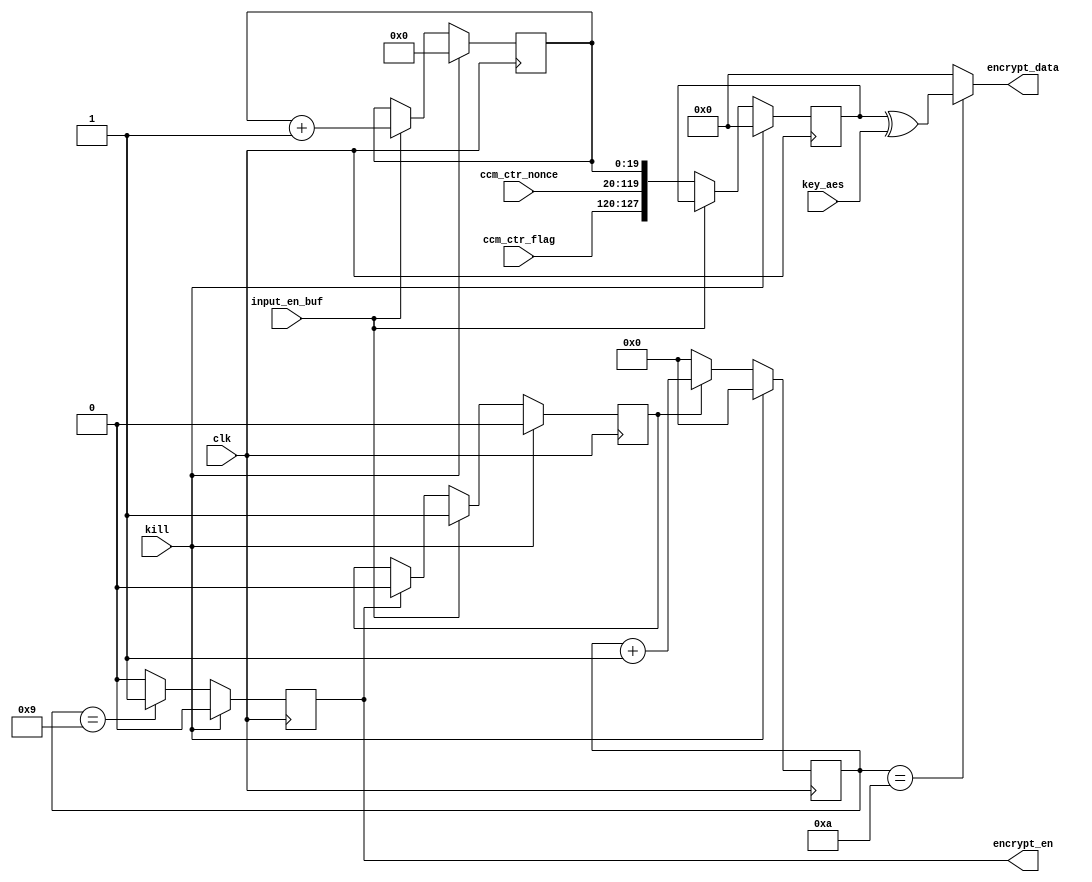
/**************************************************************************************************
 *                                                                                                *
 *                                                                                                *
 **************************************************************************************************
 *                                                                                                *
 *  Description:                                                                                  *
 *                                                                                                *
 *  Block CCM - encrypted counter                                                                 *
 *                                                                                                *
 **************************************************************************************************
 *  Verilog code                                                                                  *
 **************************************************************************************************/
module ccm_ctr_dly_fake_aes (
	clk,
	kill,
	key_aes,
	ccm_ctr_nonce,
	ccm_ctr_flag,
	input_en_buf,
	
	encrypt_data,
	encrypt_en
	);

/**************************************************************************************************
*        PARAMETERS
 **************************************************************************************************/
 parameter  T_DLY = 10;
 parameter  WIDTH_NONCE = 100;
 parameter  WIDTH_FLAG = 8;
 parameter  WIDTH_COUNT = 20;

localparam  WIDTH_KEY = WIDTH_NONCE + WIDTH_FLAG + WIDTH_COUNT;
localparam  T_DLY_WIDTH = $clog2(T_DLY);

/**************************************************************************************************
*        I/O PORTS
 **************************************************************************************************/
input				clk;
input				kill;
input	[WIDTH_KEY-1:0]		key_aes;
input	[WIDTH_NONCE-1:0]	ccm_ctr_nonce;
input	[WIDTH_FLAG-1:0]	ccm_ctr_flag;
input				input_en_buf;

output	[WIDTH_KEY-1:0]		encrypt_data;
output	reg			encrypt_en;

/**************************************************************************************************
 *      LOCAL WIRES, REGS                                                                         *
 **************************************************************************************************/
reg				input_en_buf_r;
reg	[T_DLY_WIDTH-1:0]	count_dly;
reg	[WIDTH_COUNT-1:0]	encrypt_ctr_buf;
reg	[WIDTH_KEY-1:0]		encrypt_buf;

/**************************************************************************************************
 *      LOGIC                                                                                     *
 **************************************************************************************************/
//encrypt_ctr_buf
always @(posedge clk)
	if (kill)
		encrypt_ctr_buf <= {WIDTH_COUNT{1'b0}};
	else if (input_en_buf)
		encrypt_ctr_buf <= encrypt_ctr_buf + {{WIDTH_COUNT-1{1'b0}}, 1'b1};

/**************************************************************************************************/
//encrypt_buf
always @(posedge clk)
	if (kill)
		encrypt_buf <= {WIDTH_KEY{1'b0}};
	else if (~input_en_buf)
		encrypt_buf <= {ccm_ctr_flag, ccm_ctr_nonce, encrypt_ctr_buf};


/**************************************************************************************************/
//count_dly
always @(posedge clk)
	if (kill)
		count_dly <= {T_DLY_WIDTH{1'b0}};
	else if (input_en_buf_r)
		count_dly <= count_dly + {{T_DLY_WIDTH-1{1'b0}}, 1'b1};
	else
		count_dly <= {T_DLY_WIDTH{1'b0}};

/**************************************************************************************************/
//input_en_buf_r
always @(posedge clk)
	if (kill)
		input_en_buf_r <= 1'b0;
	else if (input_en_buf)
		input_en_buf_r <= 1'b1;
	else if (encrypt_en)
		input_en_buf_r <= 1'b0;
	

/**************************************************************************************************/
//encrypt_en
always @(posedge clk)
	if (kill)
		encrypt_en <= 1'b0;
	else if (count_dly == T_DLY-1)
		encrypt_en <= 1'b1;
	else 
		encrypt_en <= 1'b0;

/**************************************************************************************************/
//encrypt_data
assign encrypt_data = (count_dly == T_DLY) ? (encrypt_buf ^ key_aes) : {WIDTH_KEY{1'b0}};

/**************************************************************************************************/


endmodule